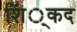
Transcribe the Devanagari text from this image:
शिं्कद